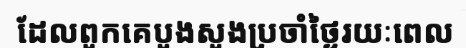
ដែលពួកគេបួងសួងប្រចាំថ្ងៃរយៈពេល